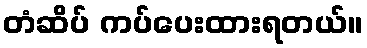
တံဆိပ် ကပ်ပေးထားရတယ်။